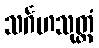
သင်္ဂဟသုတ္တံ